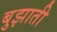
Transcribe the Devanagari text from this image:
बुझाती